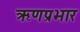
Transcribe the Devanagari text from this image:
ऋणप्रभार